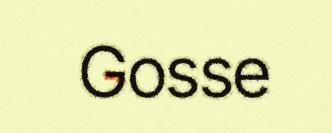
Gosse